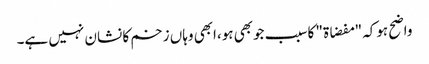
واضح ہوکہ "مفضاۃ" کاسبب جوبھی ہو،ابھی وہاں زخم کا نشان نہیں ہے۔